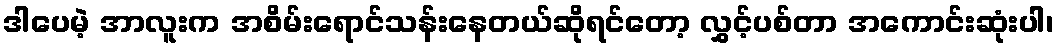
ဒါပေမဲ့ အာလူးက အစိမ်းရောင်သန်းနေတယ်ဆိုရင်တော့ လွှင့်ပစ်တာ အကောင်းဆုံးပါ၊